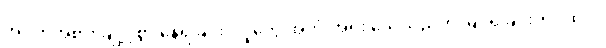
အဝတ်အစား ချို့ငဲ့စွာ နေရခြင်း၊ လူတွေ အတုံးအရုံး သေသည်ကို မြင်ရခြင်းတိုပထက်